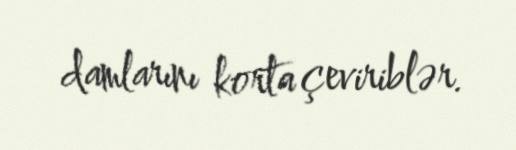
damlarını korta çeviriblər.